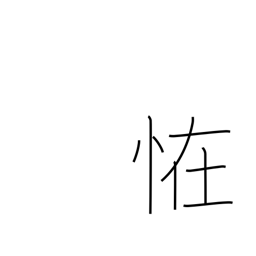
Meaning: mystery